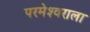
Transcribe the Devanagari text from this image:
परमेश्‍वराला